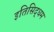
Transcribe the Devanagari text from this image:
इतिसिद्धम